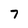
Character: 7